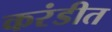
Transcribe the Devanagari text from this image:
करंडीत